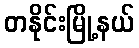
တနိုင်းမြို့နယ်